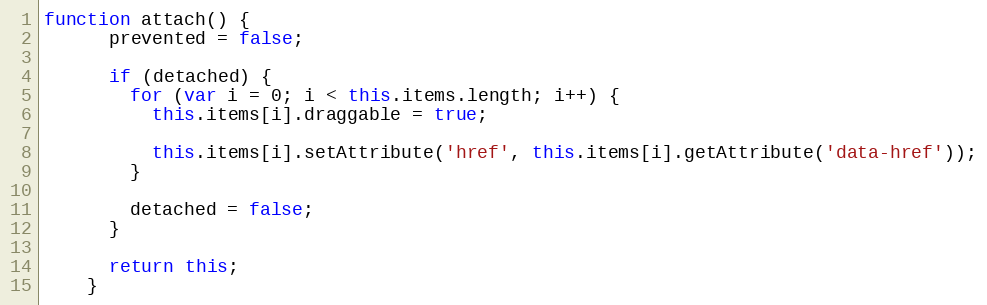
Language: JavaScript
function attach() {
      prevented = false;

      if (detached) {
        for (var i = 0; i < this.items.length; i++) {
          this.items[i].draggable = true;

          this.items[i].setAttribute('href', this.items[i].getAttribute('data-href'));
        }

        detached = false;
      }

      return this;
    }